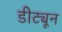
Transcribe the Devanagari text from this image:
डीट्यून